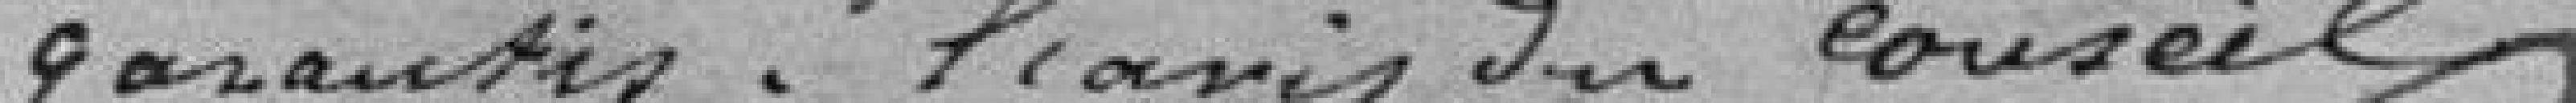
garantis; l'avis du conseil